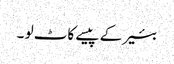
بئیر کے پیسے کاٹ لو ۔